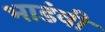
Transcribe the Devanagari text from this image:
भाडंवी